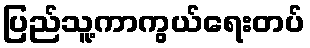
ပြည်သူ့ကာကွယ်ရေးတပ်